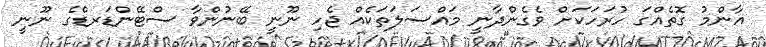
އާންމު ގޮތެއްގަ ހުރަހަކަށް ވެގެންދާނީ މައްސަލަތަކެއް ޖެހި ނޫނީ ބޭނުންވާ ސްޓޭންޑަރޑްގެ ނޫނީ